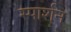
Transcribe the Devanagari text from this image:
स्पार्शन